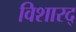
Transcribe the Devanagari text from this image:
विशारद्